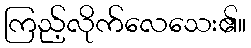
ကြည့်လိုက်လေသေး၏။